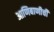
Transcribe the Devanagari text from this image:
आणिबाणीची